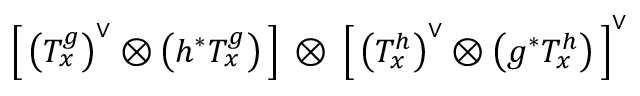
\left[ \, \left( T _ { x } ^ { g } \right) ^ { \vee } \otimes \left( h ^ { * } T _ { x } ^ { g } \right) \, \right] \: \otimes \: \left[ \, \left( T _ { x } ^ { h } \right) ^ { \vee } \otimes \left( g ^ { * } T _ { x } ^ { h } \right) \, \right] ^ { \vee }